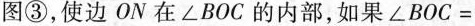
图③，使边ON在∠BOC的内部，如果$$∠ B O C =